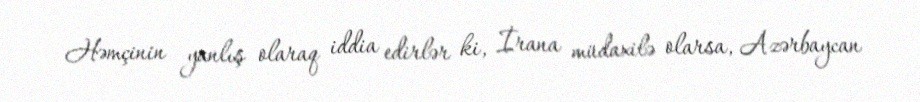
Həmçinin yanlış olaraq iddia edirlər ki, İrana müdaxilə olarsa, Azərbaycan